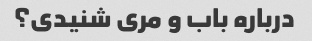
درباره باب و مری شنیدی؟